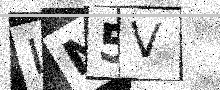
Text: IN5V